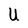
Character: U